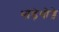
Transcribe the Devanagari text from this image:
थोडे़थोड़े